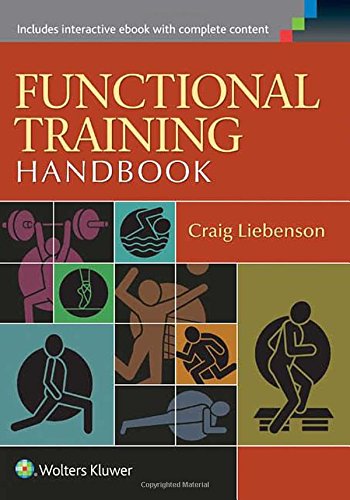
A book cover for Functional Training Handbook; Craig Liebenson DC; Medical Books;